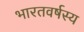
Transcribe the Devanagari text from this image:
भारतवर्षस्य